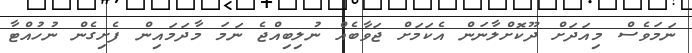
ނަމަވެސް މިއަދަށް ދޫކޮށްލާނަން އެކަމަށް ޖަވާބެއް ނުލިބިއްޖެ ނަމަ މާދަމައިން ފެށިގެން ނުހުއްޓާ